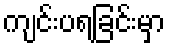
ကျင်းပရခြင်းမှာ